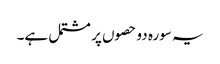
یہ سورہ دو حصوں پر مشتمل ہے۔